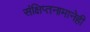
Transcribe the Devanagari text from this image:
संक्षिप्तनामानेही